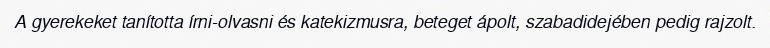
A gyerekeket tanította írni-olvasni és katekizmusra, beteget ápolt, szabadidejében pedig rajzolt.